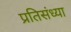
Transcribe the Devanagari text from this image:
प्रतिसंध्या